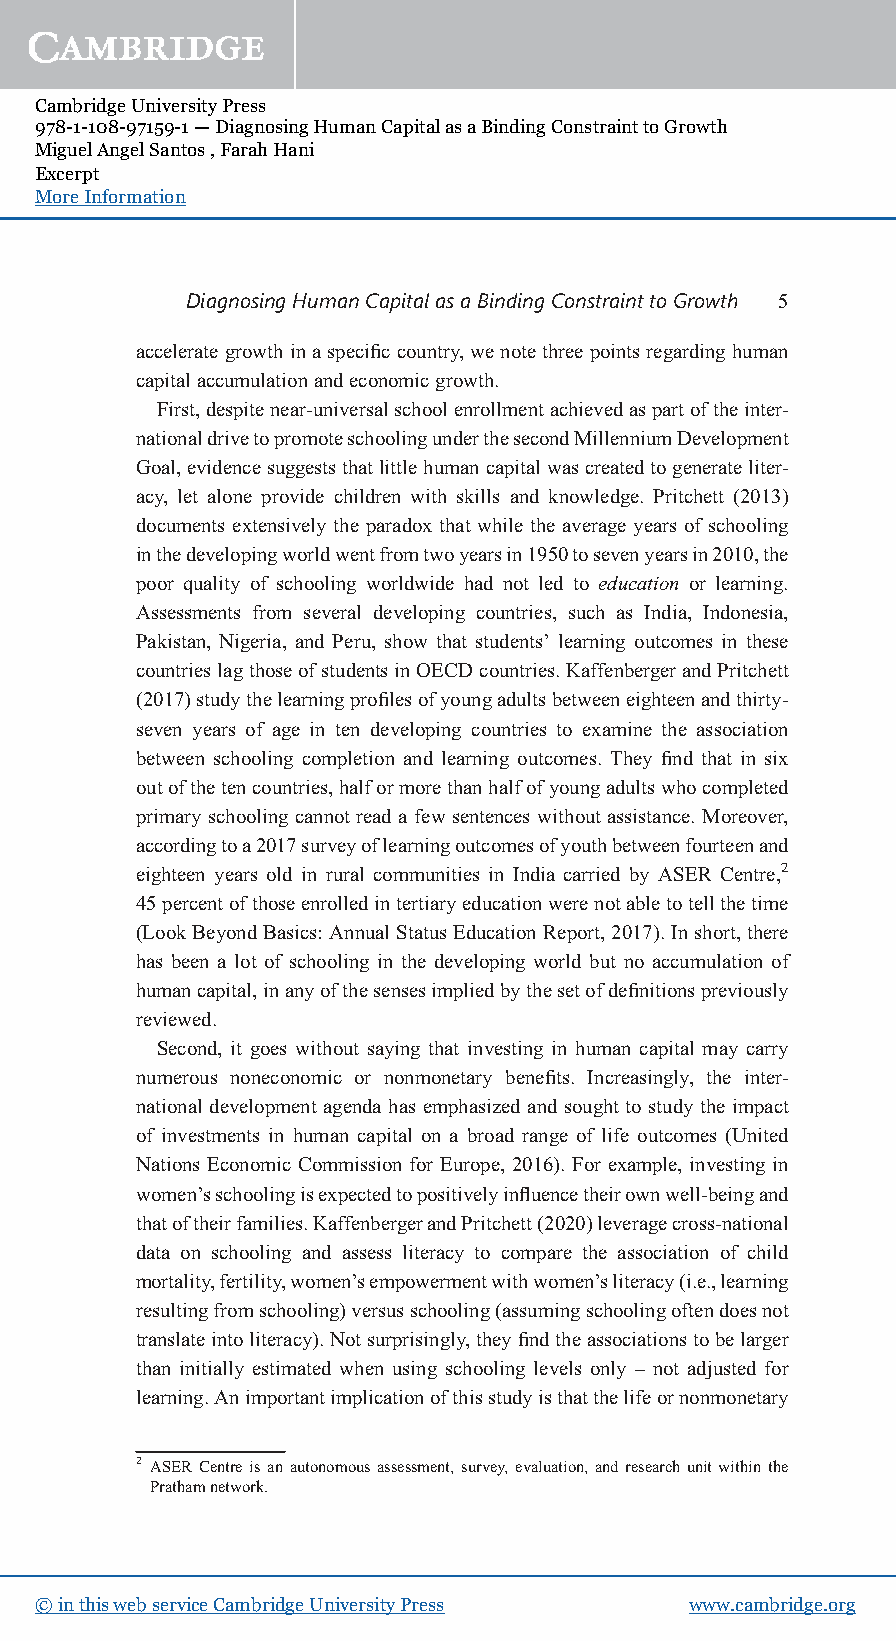
Cambridge University Press
 978-1-108-97159-1 — Diagnosing Human Capital as a Binding Constraint to Growth
 Miguel Angel Santos , Farah Hani
 Excerpt
 More Information
 DiagnosingHumanCapitalasaBindingConstrainttoGrowth 5
 accelerategrowthinaspecificcountry,wenotethreepointsregardinghuman
 capitalaccumulationandeconomicgrowth.
 First,despitenear-universalschoolenrollmentachievedaspartoftheinter-
 nationaldrivetopromoteschoolingunderthesecondMillenniumDevelopment
 Goal,evidencesuggeststhatlittlehumancapitalwascreatedtogenerateliter-
 acy, let alone provide children with skills and knowledge. Pritchett (2013)
 documents extensively the paradox that while the average years of schooling
 inthedevelopingworldwentfromtwoyearsin1950tosevenyearsin2010,the
 poor quality of schooling worldwide had not led to education or learning.
 Assessments from several developing countries, such as India, Indonesia,
 Pakistan, Nigeria, and Peru, show that students’ learning outcomes in these
 countrieslagthoseofstudentsinOECDcountries.KaffenbergerandPritchett
 (2017)studythelearningprofilesofyoungadultsbetweeneighteenandthirty-
 seven years of age in ten developing countries to examine the association
 between schooling completion and learning outcomes. They find that in six
 outofthetencountries,halformorethanhalfofyoungadultswhocompleted
 primary schooling cannot read a few sentences without assistance. Moreover,
 accordingtoa2017surveyoflearningoutcomesofyouthbetweenfourteenand
 eighteen years old in rural communities in India carried by ASER Centre,2
 45percentofthoseenrolledintertiaryeducationwerenotabletotellthetime
 (LookBeyondBasics:AnnualStatusEducationReport,2017).Inshort,there
 has been a lot of schooling in the developing world but no accumulation of
 humancapital,inanyofthesensesimpliedbythesetofdefinitionspreviously
 reviewed.
 Second, it goes without saying that investing in human capital may carry
 numerous noneconomic or nonmonetary benefits. Increasingly, the inter-
 national development agenda has emphasized and sought to study the impact
 of investments in human capital on a broad range of life outcomes (United
 Nations Economic Commission for Europe, 2016). For example, investing in
 women’sschoolingisexpectedtopositivelyinfluencetheirownwell-beingand
 thatoftheirfamilies.KaffenbergerandPritchett(2020)leveragecross-national
 data on schooling and assess literacy to compare the association of child
 mortality,fertility,women’sempowermentwithwomen’sliteracy(i.e.,learning
 resultingfromschooling)versusschooling(assumingschoolingoftendoesnot
 translateintoliteracy).Notsurprisingly,theyfindtheassociationstobelarger
 than initially estimated when using schooling levels only – not adjusted for
 learning.Animportantimplicationofthisstudyisthatthelifeornonmonetary
 2 ASER Centre is an autonomous assessment, survey, evaluation, and research unit within the
 Prathamnetwork.
 © in this web service Cambridge University Press www.cambridge.org